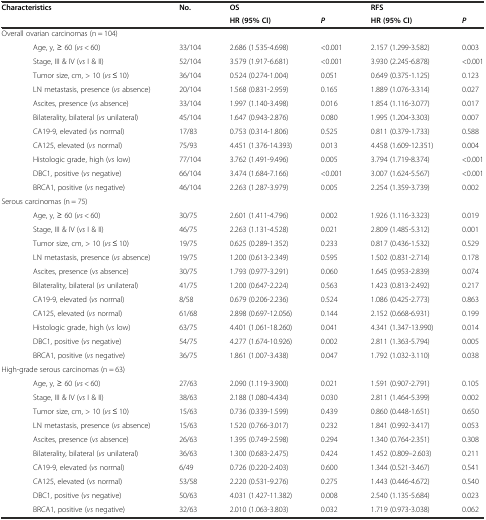
<table><thead><tr><td colspan="2"><b>Characteristics</b></td><td><b>No.</b></td><td><b>OS</b></td><td></td><td><b>RFS</b></td><td></td></tr><tr><td></td><td></td><td></td><td><b>HR (95% CI)</b></td><td><b><i>P</i></b></td><td><b>HR (95% CI)</b></td><td><b><i>P</i></b></td></tr></thead><tbody><tr><td colspan="2">Overall ovarian carcinomas (n = 104)</td><td></td><td></td><td></td><td></td><td></td></tr><tr><td></td><td>Age, y, ≥ 60 (<i>vs</i> &lt; 60)</td><td>33/104</td><td>2.686 (1.535-4.698)</td><td>&lt;0.001</td><td>2.157 (1.299-3.582)</td><td>0.003</td></tr><tr><td></td><td>Stage, III &amp; IV (<i>vs</i> I &amp; II)</td><td>52/104</td><td>3.579 (1.917-6.681)</td><td>&lt;0.001</td><td>3.930 (2.245-6.878)</td><td>&lt;0.001</td></tr><tr><td></td><td>Tumor size, cm, &gt; 10 (<i>vs</i> ≤ 10)</td><td>36/104</td><td>0.524 (0.274-1.004)</td><td>0.051</td><td>0.649 (0.375-1.125)</td><td>0.123</td></tr><tr><td></td><td>LN metastasis, presence (<i>vs</i> absence)</td><td>20/104</td><td>1.568 (0.831-2.959)</td><td>0.165</td><td>1.889 (1.076-3.314)</td><td>0.027</td></tr><tr><td></td><td>Ascites, presence (<i>vs</i> absence)</td><td>33/104</td><td>1.997 (1.140-3.498)</td><td>0.016</td><td>1.854 (1.116-3.077)</td><td>0.017</td></tr><tr><td></td><td>Bilaterality, bilateral (<i>vs</i> unilateral)</td><td>45/104</td><td>1.647 (0.943-2.876)</td><td>0.080</td><td>1.995 (1.204-3.303)</td><td>0.007</td></tr><tr><td></td><td>CA19-9, elevated (<i>vs</i> normal)</td><td>17/83</td><td>0.753 (0.314-1.806)</td><td>0.525</td><td>0.811 (0.379-1.733)</td><td>0.588</td></tr><tr><td></td><td>CA125, elevated (<i>vs</i> normal)</td><td>75/93</td><td>4.451 (1.376-14.393)</td><td>0.013</td><td>4.458 (1.609-12.351)</td><td>0.004</td></tr><tr><td></td><td>Histologic grade, high (<i>vs</i> low)</td><td>77/104</td><td>3.762 (1.491-9.496)</td><td>0.005</td><td>3.794 (1.719-8.374)</td><td>&lt;0.001</td></tr><tr><td></td><td>DBC1, positive (<i>vs</i> negative)</td><td>66/104</td><td>3.474 (1.684-7.166)</td><td>&lt;0.001</td><td>3.007 (1.624-5.567)</td><td>&lt;0.001</td></tr><tr><td></td><td>BRCA1, positive (<i>vs</i> negative)</td><td>46/104</td><td>2.263 (1.287-3.979)</td><td>0.005</td><td>2.254 (1.359-3.739)</td><td>0.002</td></tr><tr><td colspan="2">Serous carcinomas (n = 75)</td><td></td><td></td><td></td><td></td><td></td></tr><tr><td></td><td>Age, y, ≥ 60 (<i>vs</i> &lt; 60)</td><td>30/75</td><td>2.601 (1.411-4.796)</td><td>0.002</td><td>1.926 (1.116-3.323)</td><td>0.019</td></tr><tr><td></td><td>Stage, III &amp; IV (<i>vs</i> I &amp; II)</td><td>46/75</td><td>2.263 (1.131-4.528)</td><td>0.021</td><td>2.809 (1.485-5.312)</td><td>0.001</td></tr><tr><td></td><td>Tumor size, cm, &gt; 10 (<i>vs</i> ≤ 10)</td><td>19/75</td><td>0.625 (0.289-1.352)</td><td>0.233</td><td>0.817 (0.436-1.532)</td><td>0.529</td></tr><tr><td></td><td>LN metastasis, presence (<i>vs</i> absence)</td><td>19/75</td><td>1.200 (0.613-2.349)</td><td>0.595</td><td>1.502 (0.831-2.714)</td><td>0.178</td></tr><tr><td></td><td>Ascites, presence (<i>vs</i> absence)</td><td>30/75</td><td>1.793 (0.977-3.291)</td><td>0.060</td><td>1.645 (0.953-2.839)</td><td>0.074</td></tr><tr><td></td><td>Bilaterality, bilateral (<i>vs</i> unilateral)</td><td>41/75</td><td>1.200 (0.647-2.224)</td><td>0.563</td><td>1.423 (0.813-2.492)</td><td>0.217</td></tr><tr><td></td><td>CA19-9, elevated (<i>vs</i> normal)</td><td>8/58</td><td>0.679 (0.206-2.236)</td><td>0.524</td><td>1.086 (0.425-2.773)</td><td>0.863</td></tr><tr><td></td><td>CA125, elevated (<i>vs</i> normal)</td><td>61/68</td><td>2.898 (0.697-12.056)</td><td>0.144</td><td>2.152 (0.668-6.931)</td><td>0.199</td></tr><tr><td></td><td>Histologic grade, high (<i>vs</i> low)</td><td>63/75</td><td>4.401 (1.061-18.260)</td><td>0.041</td><td>4.341 (1.347-13.990)</td><td>0.014</td></tr><tr><td></td><td>DBC1, positive (<i>vs</i> negative)</td><td>54/75</td><td>4.277 (1.674-10.926)</td><td>0.002</td><td>2.811 (1.363-5.794)</td><td>0.005</td></tr><tr><td></td><td>BRCA1, positive (<i>vs</i> negative)</td><td>36/75</td><td>1.861 (1.007-3.438)</td><td>0.047</td><td>1.792 (1.032-3.110)</td><td>0.038</td></tr><tr><td colspan="2">High-grade serous carcinomas (n = 63)</td><td></td><td></td><td></td><td></td><td></td></tr><tr><td></td><td>Age, y, ≥ 60 (<i>vs</i> &lt; 60)</td><td>27/63</td><td>2.090 (1.119-3.900)</td><td>0.021</td><td>1.591 (0.907-2.791)</td><td>0.105</td></tr><tr><td></td><td>Stage, III &amp; IV (<i>vs</i> I &amp; II)</td><td>38/63</td><td>2.188 (1.080-4.434)</td><td>0.030</td><td>2.811 (1.464-5.399)</td><td>0.002</td></tr><tr><td></td><td>Tumor size, cm, &gt; 10 (<i>vs</i> ≤ 10)</td><td>15/63</td><td>0.736 (0.339-1.599)</td><td>0.439</td><td>0.860 (0.448-1.651)</td><td>0.650</td></tr><tr><td></td><td>LN metastasis, presence (<i>vs</i> absence)</td><td>15/63</td><td>1.520 (0.766-3.017)</td><td>0.232</td><td>1.841 (0.992-3.417)</td><td>0.053</td></tr><tr><td></td><td>Ascites, presence (<i>vs</i> absence)</td><td>26/63</td><td>1.395 (0.749-2.598)</td><td>0.294</td><td>1.340 (0.764-2.351)</td><td>0.308</td></tr><tr><td></td><td>Bilaterality, bilateral (<i>vs</i> unilateral)</td><td>36/63</td><td>1.300 (0.683-2.475)</td><td>0.424</td><td>1.452 (0.809--2.603)</td><td>0.211</td></tr><tr><td></td><td>CA19-9, elevated (<i>vs</i> normal)</td><td>6/49</td><td>0.726 (0.220-2.403)</td><td>0.600</td><td>1.344 (0.521-3.467)</td><td>0.541</td></tr><tr><td></td><td>CA125, elevated (<i>vs</i> normal)</td><td>53/58</td><td>2.220 (0.531-9.276)</td><td>0.275</td><td>1.443 (0.446-4.672)</td><td>0.540</td></tr><tr><td></td><td>DBC1, positive (<i>vs</i> negative)</td><td>50/63</td><td>4.031 (1.427-11.382)</td><td>0.008</td><td>2.540 (1.135-5.684)</td><td>0.023</td></tr><tr><td></td><td>BRCA1, positive (<i>vs</i> negative)</td><td>32/63</td><td>2.010 (1.063-3.803)</td><td>0.032</td><td>1.719 (0.973-3.038)</td><td>0.062</td></tr></tbody></table>